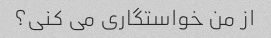
از من خواستگاری می کنی؟